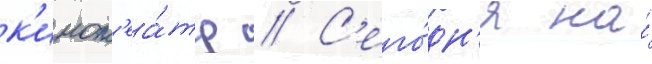
к'инот'еа́тр // С'его́дн'я на́